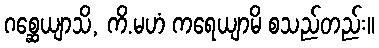
ဂစ္ဆေယျာသိ, ကိ.မဟံ ကရေယျာမိ စသည်တည်း။